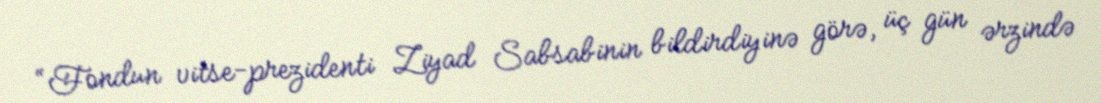
“Fondun vitse-prezidenti Ziyad Sabsabinin bildirdiyinə görə, üç gün ərzində